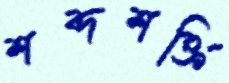
শব্দশক্তি